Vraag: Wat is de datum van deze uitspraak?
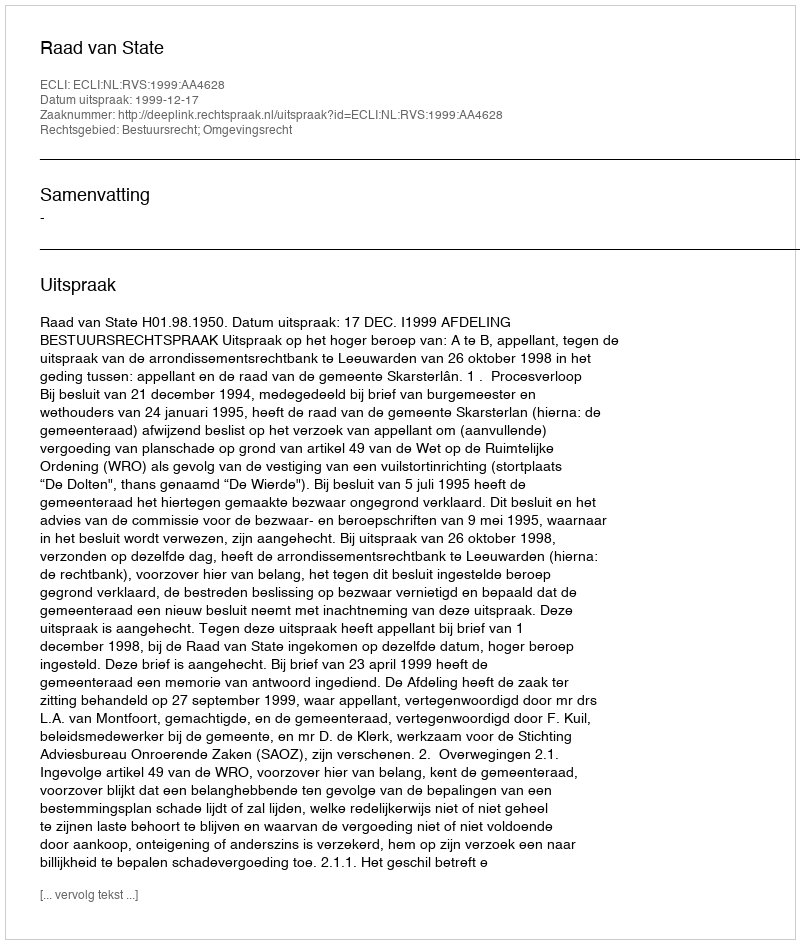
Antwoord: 1999-12-17